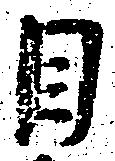
目